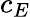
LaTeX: c_{E}